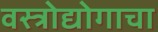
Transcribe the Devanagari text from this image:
वस्त्रोद्योगाचा